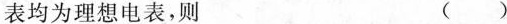
表均为理想电表，则 ()